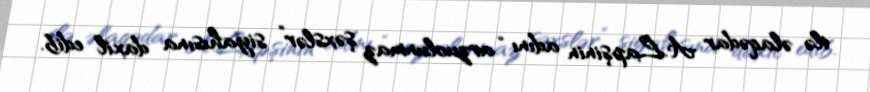
ilə əlaqədar A.Lapşinin adını “arzuolunmaz şəxslər” siyahısına daxil edib.